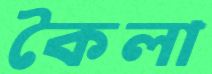
কৈলা